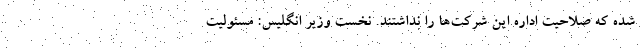
شده که صلاحیت اداره این شرکت‌ها را نداشتند. نخست وزیر انگلیس: مسئولیت